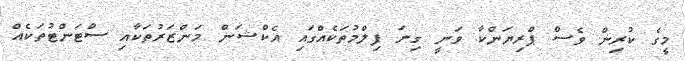
މީގެ ކުރިން ވެސް ޕްރިޔަންކާ ވަނީ ގިނަ ފިލްމުތަކެއްގައި އެކްޝަން މަންޒަރުތަކާއި ސްޓަންޓުތަކެއް